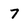
Character: 7